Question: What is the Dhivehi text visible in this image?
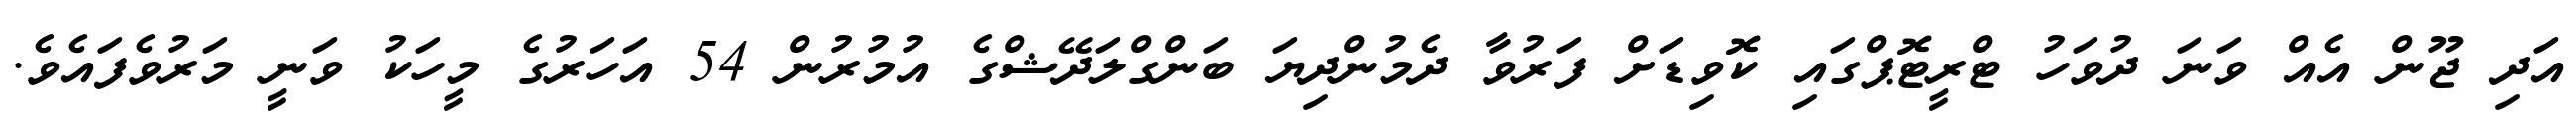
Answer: އަދި ޖޫން އެއް ވަނަ ދުވަހު ޓްރީޓޮޕްގައި ކޮވިޑަށް ފަރުވާ ދެމުންދިޔަ ބަންގްލަދޭޝްގެ އުމުރުން 54 އަހަރުގެ މީހަކު ވަނީ މަރުވެފައެވެ.